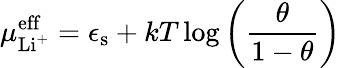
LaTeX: \mu_{\mathrm{Li^{+}}}^{\mathrm{eff}}=\epsilon_{\mathrm{s}}+kT\log\left(\frac{\theta}{1-\theta}\right)